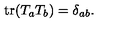
\mathrm { t r } ( T _ { a } T _ { b } ) = \delta _ { a b } .